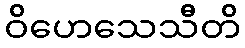
ဝိဟေသေသီတိ